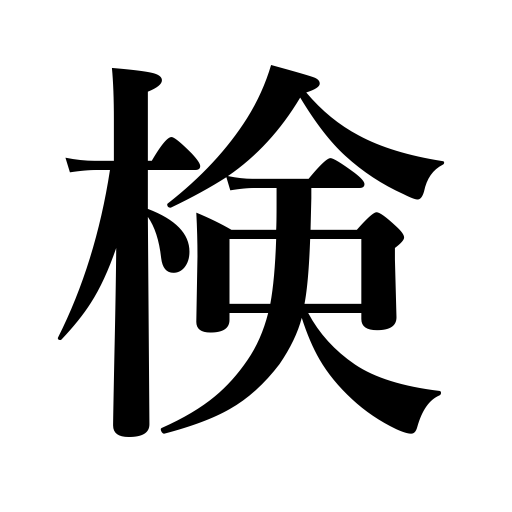
Meanings: investigation